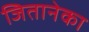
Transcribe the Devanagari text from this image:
जितानेका